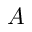
A